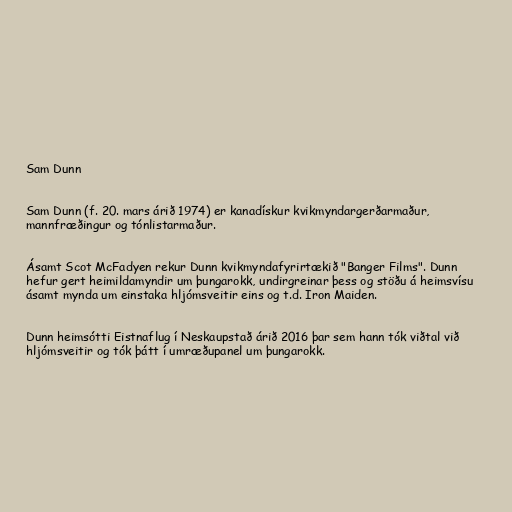
Sam Dunn

Sam Dunn (f. 20. mars árið 1974) er kanadískur kvikmyndargerðarmaður,
mannfræðingur og tónlistarmaður.

Ásamt Scot McFadyen rekur Dunn kvikmyndafyrirtækið "Banger Films". Dunn
hefur gert heimildamyndir um þungarokk, undirgreinar þess og stöðu á heimsvísu
ásamt mynda um einstaka hljómsveitir eins og t.d. Iron Maiden.

Dunn heimsótti Eistnaflug í Neskaupstað árið 2016 þar sem hann tók viðtal við
hljómsveitir og tók þátt í umræðupanel um þungarokk.